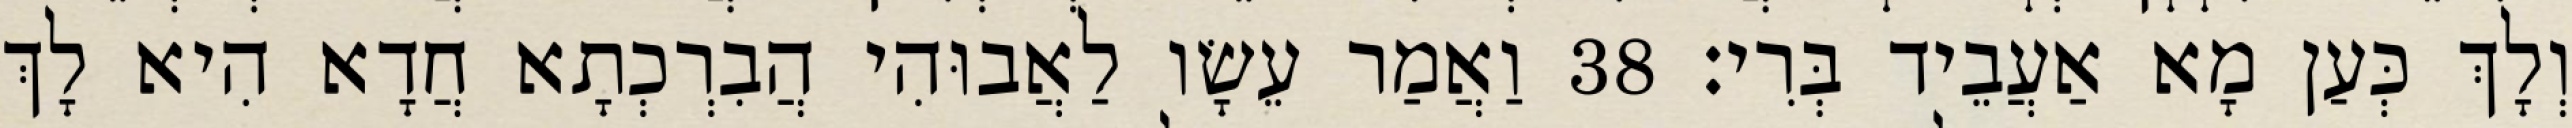
וְלָךְ כְּעַן מָא אַעֲבֵיד בְּרִי׃ 38 וַאֲמַר עֵשָׂו לַאֲבוּהִי הֲבִרְכְתָא חֲדָא הִיא לָךְ